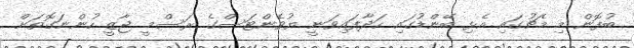
ބުފޮން މި މެޗުގައި އެޅި ބޭންޑުގައި ހަދާފައިވަނީ ޔުވެންޓަސްގެ ރަސްމީ ޖާޒީ ހުންނަގޮތަށް